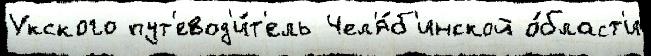
Укского пут'евод'и́т'ель Чел'я́б'инской о́бласт'и